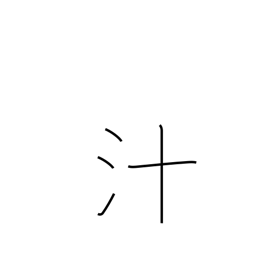
Meaning: pus